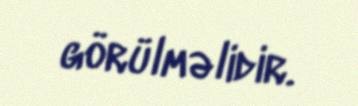
görülməlidir.